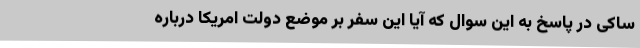
ساکی در پاسخ به این سوال که آیا این سفر بر موضع دولت امریکا درباره